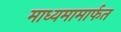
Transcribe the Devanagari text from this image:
माध्यमामार्फत